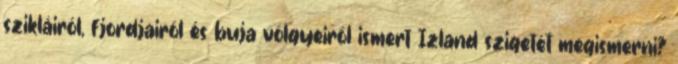
szikláiról, fjordjairól és buja völgyeiről ismert Izland szigetét megismerni?